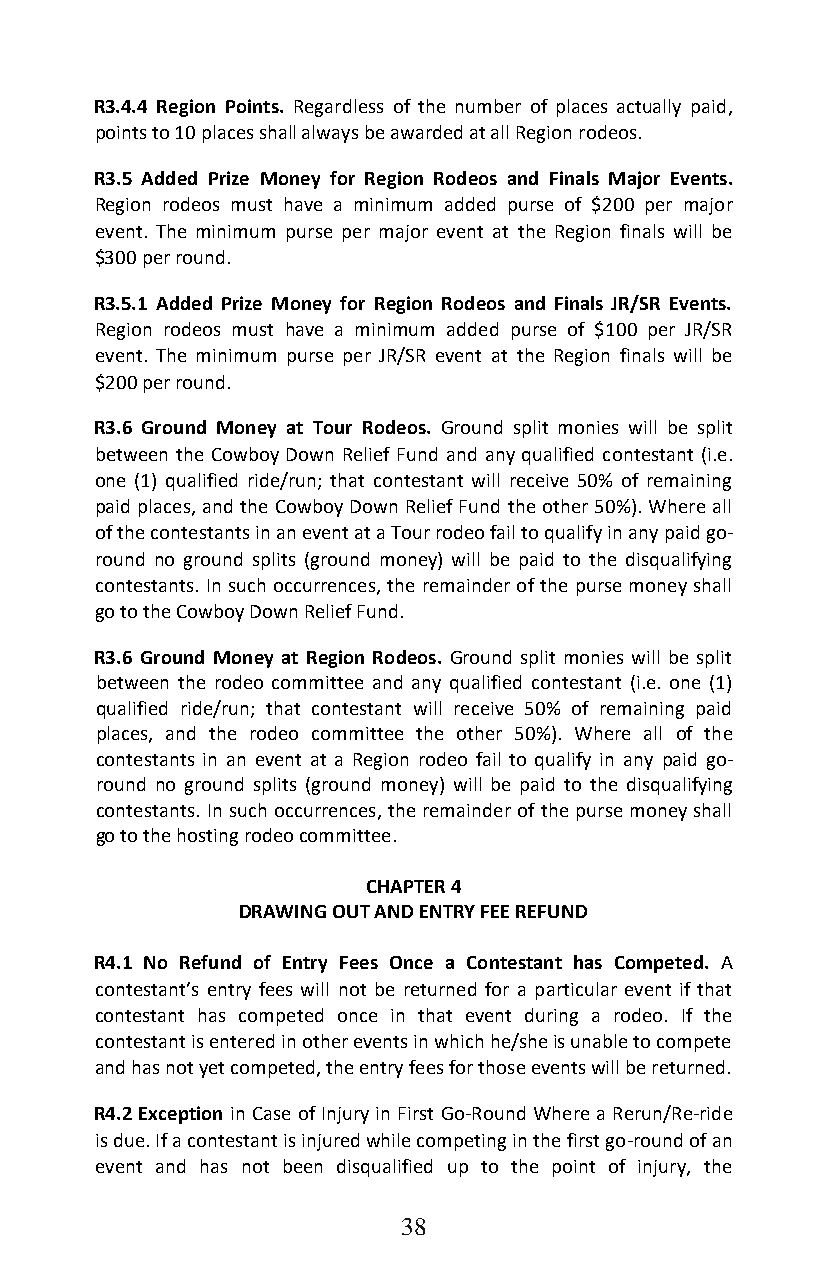
R3.4.4 Region Points. Regardless of the number of places actually paid,
 points to 10 places shall always be awarded at all Region rodeos.
 R3.5 Added Prize Money for Region Rodeos and Finals Major Events.
 Region rodeos must have a minimum added purse of $200 per major
 event. The minimum purse per major event at the Region finals will be
 $300 per round.
 R3.5.1 Added Prize Money for Region Rodeos and Finals JR/SR Events.
 Region rodeos must have a minimum added purse of $100 per JR/SR
 event. The minimum purse per JR/SR event at the Region finals will be
 $200 per round.
 R3.6 Ground Money at Tour Rodeos. Ground split monies will be split
 between the Cowboy Down Relief Fund and any qualified contestant (i.e.
 one (1) qualified ride/run; that contestant will receive 50% of remaining
 paid places, and the Cowboy Down Relief Fund the other 50%). Where all
 of the contestants in an event at a Tour rodeo fail to qualify in any paid go-
 round no ground splits (ground money) will be paid to the disqualifying
 contestants. In such occurrences, the remainder of the purse money shall
 go to the Cowboy Down Relief Fund.
 R3.6 Ground Money at Region Rodeos. Ground split monies will be split
 between the rodeo committee and any qualified contestant (i.e. one (1)
 qualified ride/run; that contestant will receive 50% of remaining paid
 places, and the rodeo committee the other 50%). Where all of the
 contestants in an event at a Region rodeo fail to qualify in any paid go-
 round no ground splits (ground money) will be paid to the disqualifying
 contestants. In such occurrences, the remainder of the purse money shall
 go to the hosting rodeo committee.
 CHAPTER 4
 DRAWING OUT AND ENTRY FEE REFUND
 R4.1 No Refund of Entry Fees Once a Contestant has Competed. A
 contestant’s entry fees will not be returned for a particular event if that
 contestant has competed once in that event during a rodeo. If the
 contestant is entered in other events in which he/she is unable to compete
 and has not yet competed, the entry fees for those events will be returned.
 R4.2 Exception in Case of Injury in First Go-Round Where a Rerun/Re-ride
 is due. If a contestant is injured while competing in the first go-round of an
 event and has not been disqualified up to the point of injury, the
 38